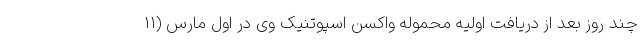
چند روز بعد از دریافت اولیه محموله واکسن اسپوتنیک وی در اول مارس (۱۱